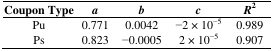
| Coupon Type | a | b | c | R2 |
 | --- | --- | --- | --- | --- |
 | Pu | 0.771 | 0.0042 | −2 × 10−5 | 0.989 |
 | Ps | 0.823 | −0.0005 | 2 × 10−5 | 0.907 |